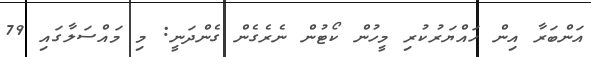
އަންބަރާ އިން ހައްޔަރުކުރި މީހުން ކޯޓުން ނެރެގެން ގެންދަނީ: މި މައްސަލާގައި 79